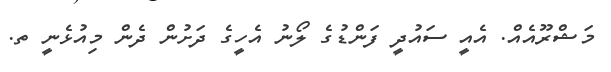
މަޝްރޫއެއް. އެއީ ސައުދީ ފަންޑުގެ ލޯނު އެހީގެ ދަށުން ދެން މިއުޅެނީ ތ.